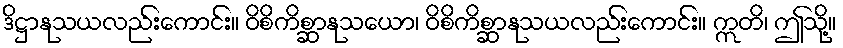
ဒိဋ္ဌာနုသယလည်းကောင်း။ ဝိစိကိစ္ဆာနုသယော၊ ဝိစိကိစ္ဆာနုသယလည်းကောင်း။ ဣတိ၊ ဤသို့။